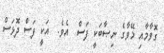
ގޮވާމާއި މޭވާގެ ނިޞާބަކީ ފަސް  އެވެ.  އަކީ ފަސް ދޮޅަސް